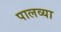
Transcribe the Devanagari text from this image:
पालव्या